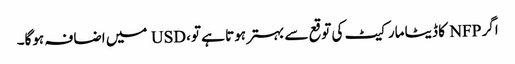
اگر NFP کا ڈیٹا مارکیٹ کی توقع سے بہتر ہوتا ہے تو، USD میں اضافہ ہوگا۔